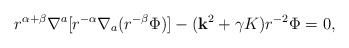
\begin{align*}r^{\alpha+\beta}\nabla^a[r^{-\alpha}\nabla_a(r^{-\beta}\Phi)] - ({\bf k}^2+\gamma K)r^{-2}\Phi = 0,\end{align*}